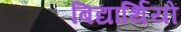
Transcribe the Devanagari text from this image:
बिद्यार्थियों